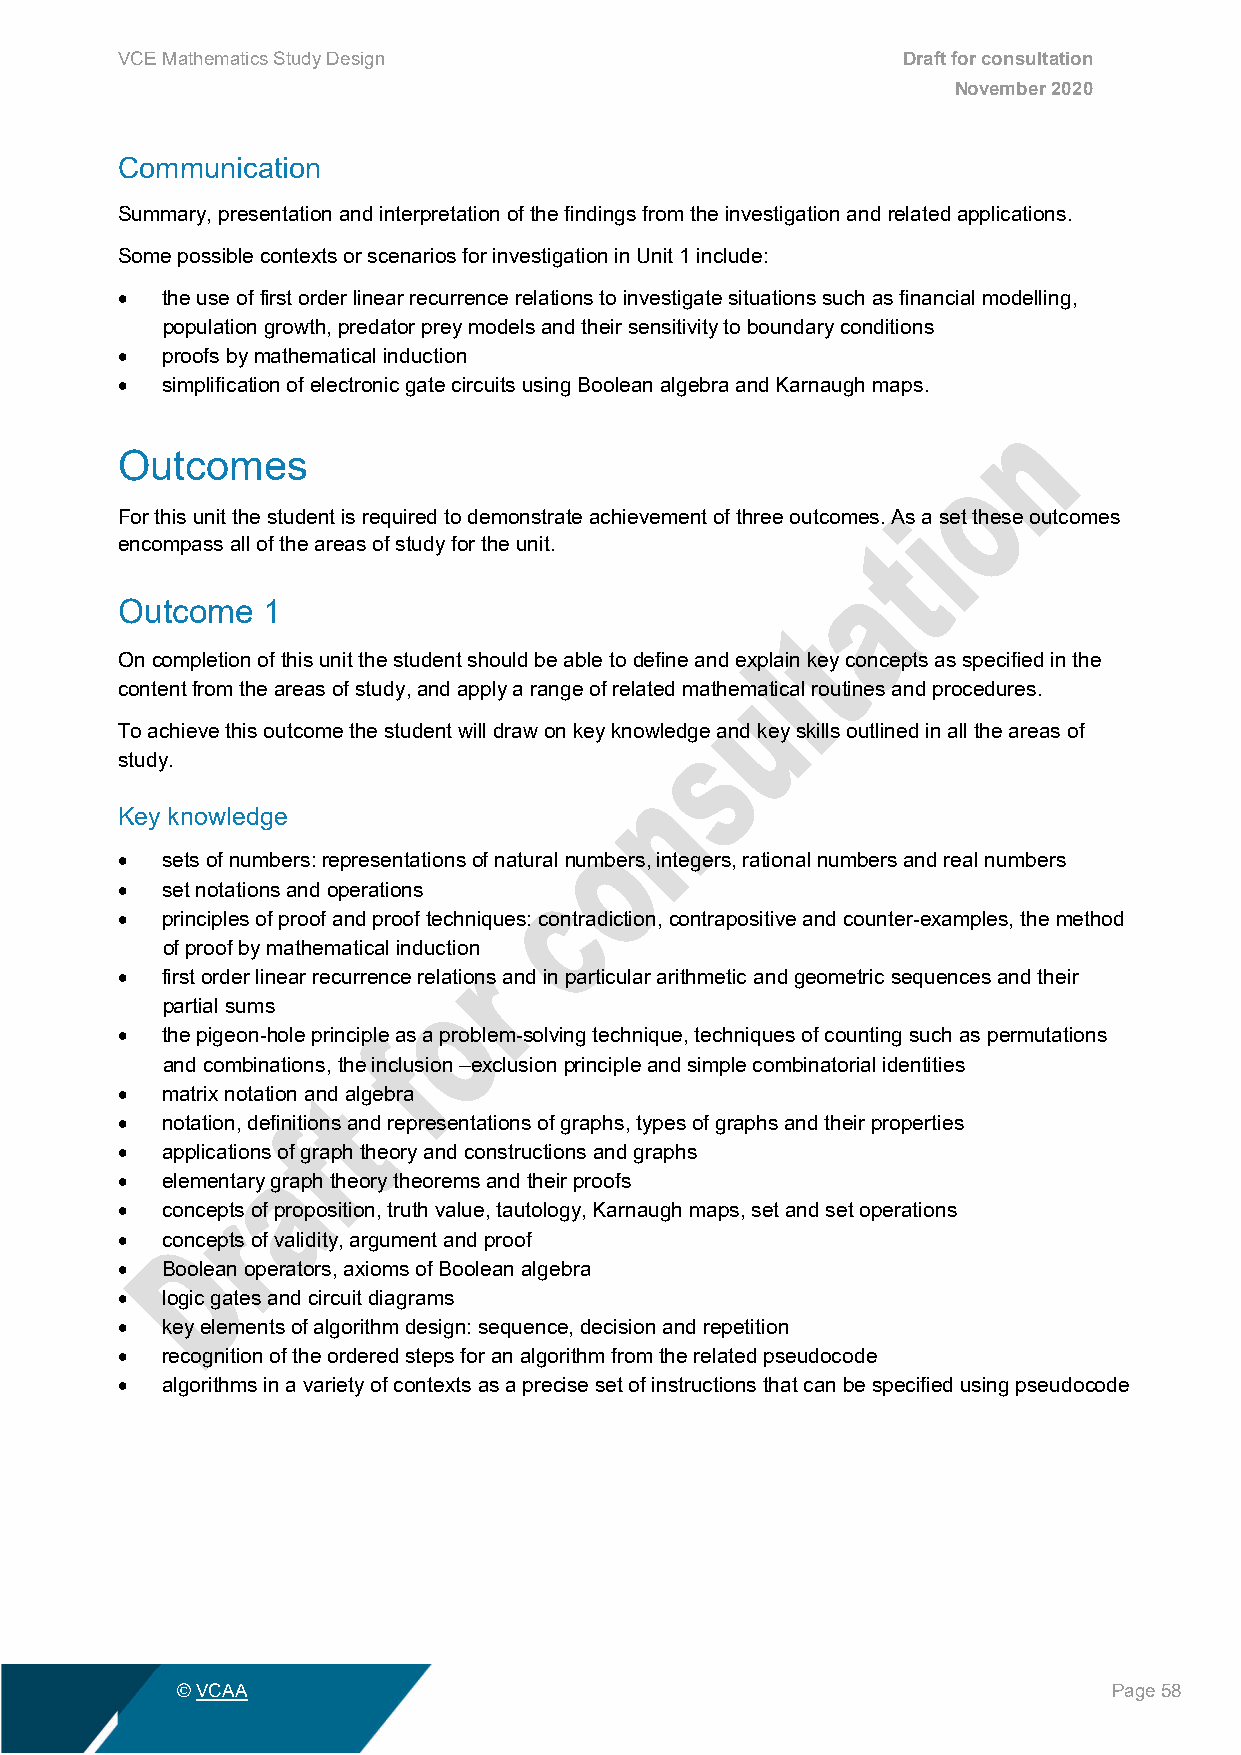
VCE Mathematics Study Design                        Draft for consultation
 November 2020
 Communication
 Summary, presentation and interpretation of the findings from the investigation and related applications.
 Some possible contexts or scenarios for investigation in Unit 1 include:
 •  the use of first order linear recurrence relations to investigate situations such as financial modelling,
 population growth, predator prey models and their sensitivity to boundary conditions
 •  proofs by mathematical induction
 •  simplification of electronic gate circuits using Boolean algebra and Karnaugh maps.
 Outcomes
 For this unit the student is required to demonstrate achievement of three outcomes. As a set these outcomes
 encompass all of the areas of study for the unit.
 Outcome  1
 On completion of this unit the student should be able to define and explain key concepts as specified in the
 content from the areas of study, and apply a range of related mathematical routines and procedures.
 To achieve this outcome the student will draw on key knowledge and key skills outlined in all the areas of
 study.
 Key knowledge
 •  sets of numbers: representations of natural numbers, integers, rational numbers and real numbers
 •  set notations and operations
 •  principles of proof and proof techniques: contradiction, contrapositive and counter-examples, the method
 of proof by mathematical induction
 •  first order linear recurrence relations and in particular arithmetic and geometric sequences and their
 partial sums
 •  the pigeon-hole principle as a problem-solving technique, techniques of counting such as permutations
 and combinations, the inclusion –exclusion principle and simple combinatorial identities
 •  matrix notation and algebra
 •  notation, definitions and representations of graphs, types of graphs and their properties
 •  applications of graph theory and constructions and graphs
 •  elementary graph theory theorems and their proofs
 •  concepts of proposition, truth value, tautology, Karnaugh maps, set and set operations
 •  concepts of validity, argument and proof
 •  Boolean operators, axioms of Boolean algebra
 •  logic gates and circuit diagrams
 •  key elements of algorithm design: sequence, decision and repetition
 •  recognition of the ordered steps for an algorithm from the related pseudocode
 •  algorithms in a variety of contexts as a precise set of instructions that can be specified using pseudocode
 © VCAA                                                        Page 58